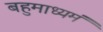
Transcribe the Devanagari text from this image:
बहुमाध्‍यमं